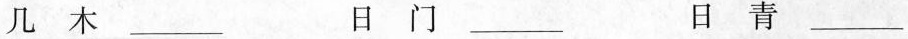
几木___ 日门___ 日青___